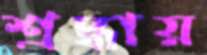
শ্রদ্ধায়